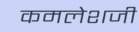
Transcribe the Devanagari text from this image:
कमलेशजी